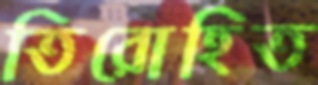
তিরোহিত